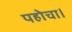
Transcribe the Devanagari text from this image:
पहोचा।